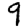
Digit: 9